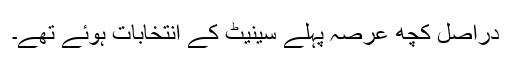
دراصل کچھ عرصہ پہلے سینیٹ کے انتخابات ہوئے تھے۔